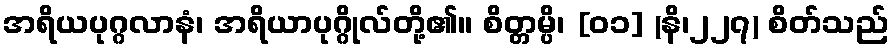
အရိယပုဂ္ဂလာနံ၊ အရိယာပုဂ္ဂိုလ်တို့၏။ စိတ္တမ္ပိ၊ [၀၁] (နိ၊၂၂၇) စိတ်သည်